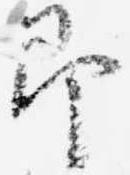
即